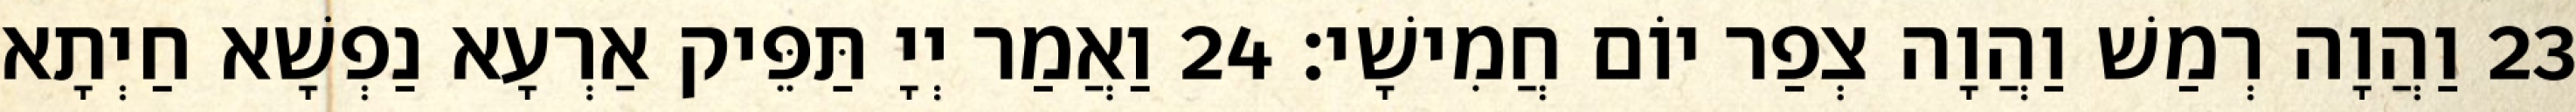
23 וַהֲוָה רְמַשׁ וַהֲוָה צְפַר יוֹם חֲמִישָׁי׃ 24 וַאֲמַר יְיָ תַּפֵּיק אַרְעָא נַפְשָׁא חַיְתָא